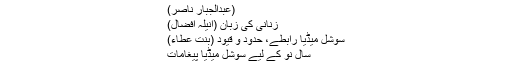
(عبدالجبار ناصر)
زنانی کی زبان (انیلہ افضال)
سوشل میڈیا رابطے، حدود و قیود (بنت عطاء)
سال نو کے لیے سوشل میڈیا پیغامات